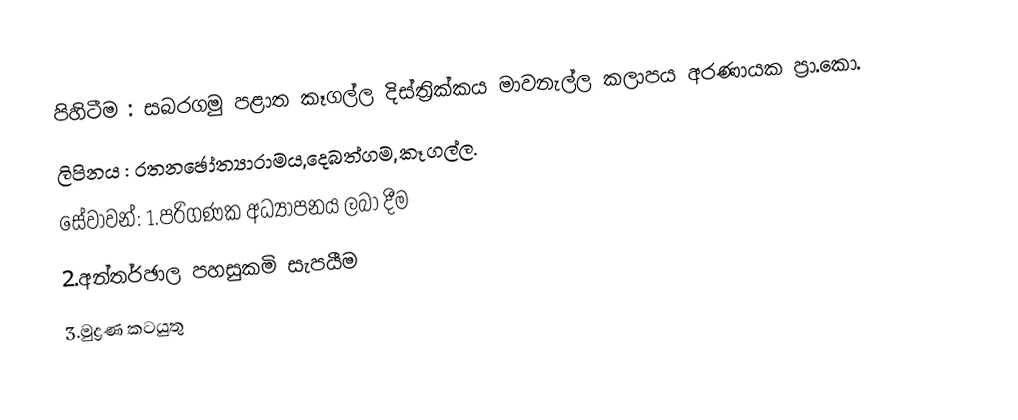
පිහිටීම :  සබරගමු පළාත කෑගල්ල දිස්ත්‍රික්කය මාවනැල්ල කලාපය අරණායක ප්‍රා.කො.
ලිපිනය :  රතනඡෝත්‍යාරාමය,දෙබත්ගම,කෑගල්ල.
සේවාවන්: 1.පරිගණක අධ්‍යාපනය ලබා දීම
        2.අන්තර්ඡාල පහසුකමි සැපයීම
        3.මුද්‍රණ කටයුතු